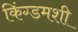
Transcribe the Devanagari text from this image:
किंग्डमशी